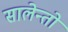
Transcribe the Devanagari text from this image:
सालेन्तो